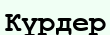
Күрдер